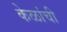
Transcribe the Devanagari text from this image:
केळांची